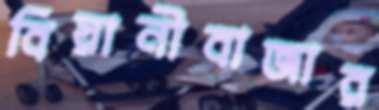
বিয়ানীবাজার